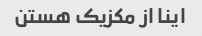
اینا از مکزیک هستن